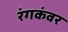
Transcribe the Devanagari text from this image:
रंगकंवर